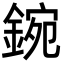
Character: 鋺